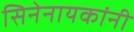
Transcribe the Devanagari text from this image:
सिनेनायकांनी